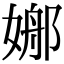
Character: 𡟦